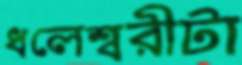
ধলেশ্বরীটা